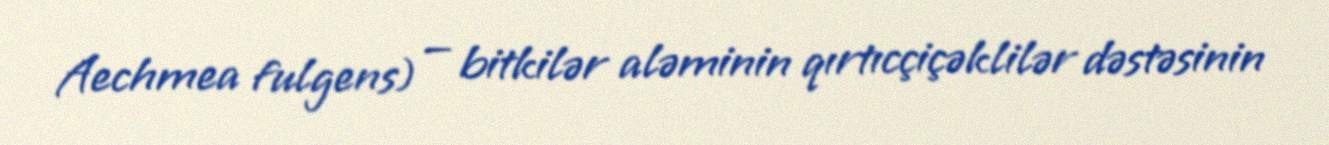
Aechmea fulgens) — bitkilər aləminin qırtıcçiçəklilər dəstəsinin